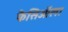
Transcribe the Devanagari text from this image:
फैसिऑला